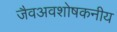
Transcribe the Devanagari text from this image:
जैवअवशोषकनीय